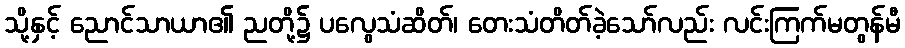
သို့နှင့် ညောင်သာယာ၏ ညတို့၌ ပလွေသံဆိတ်၊ တေးသံတိတ်ခဲ့သော်လည်း လင်းကြက်မတွန်မီ